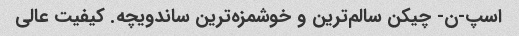
اسپ-ن- چیکن سالم‌ترین و خوشمزه‌ترین ساندویچه. کیفیت عالی